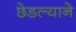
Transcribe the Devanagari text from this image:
छेडल्याने